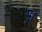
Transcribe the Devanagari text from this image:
पृ।